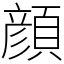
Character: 顔